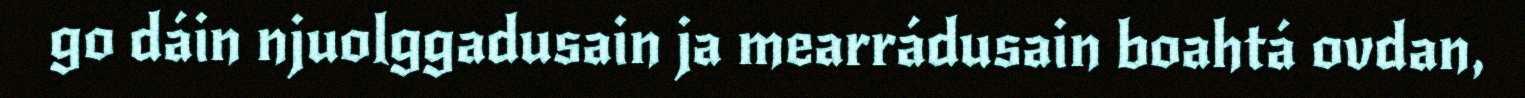
go dáin njuolggadusain ja mearrádusain boahtá ovdan,